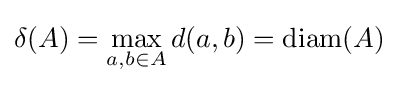
\delta (A)=\max _{a,b\in A}d(a,b)=\operatorname {diam} (A)